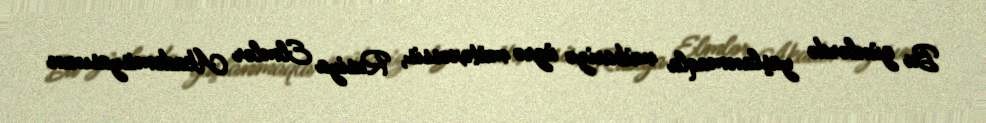
Bu günlərdə yaşlanmaqla mübarizə üzrə mütəxəssis, Rusiya Elmlər Akademisyasının